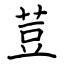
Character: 荳